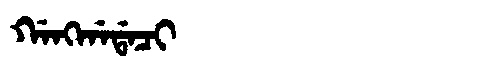
Manchu: ᡤᠠᠩᡤᠠᡩᠠᠴᡳ
Romanization: GANGGADACI